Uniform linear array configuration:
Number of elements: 16
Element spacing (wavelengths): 1
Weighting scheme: binomial
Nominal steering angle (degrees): -45
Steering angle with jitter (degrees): -44.488
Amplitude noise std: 0.05
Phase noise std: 0.05

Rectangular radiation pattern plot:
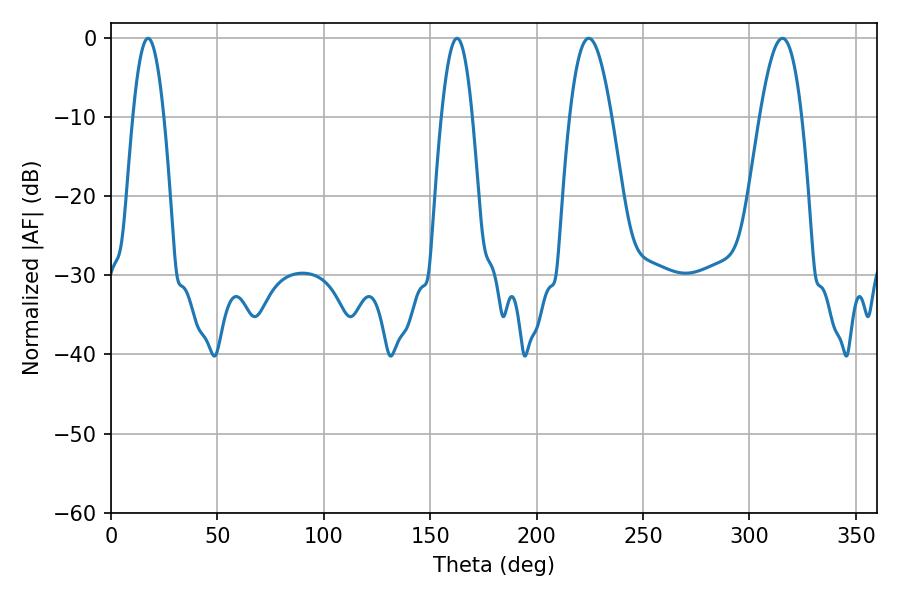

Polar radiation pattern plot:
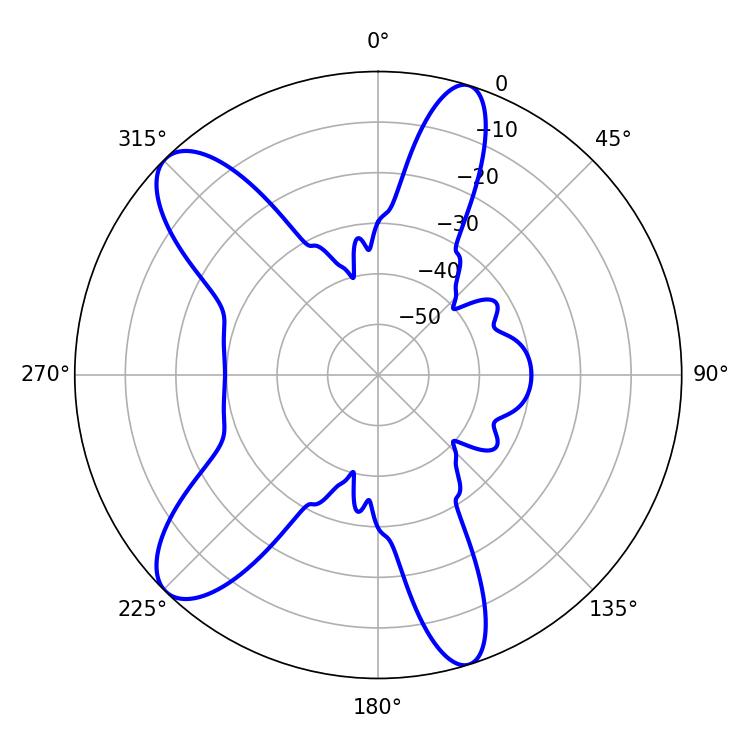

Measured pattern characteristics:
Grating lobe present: TRUE
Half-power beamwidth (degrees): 10.62
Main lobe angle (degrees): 224.46